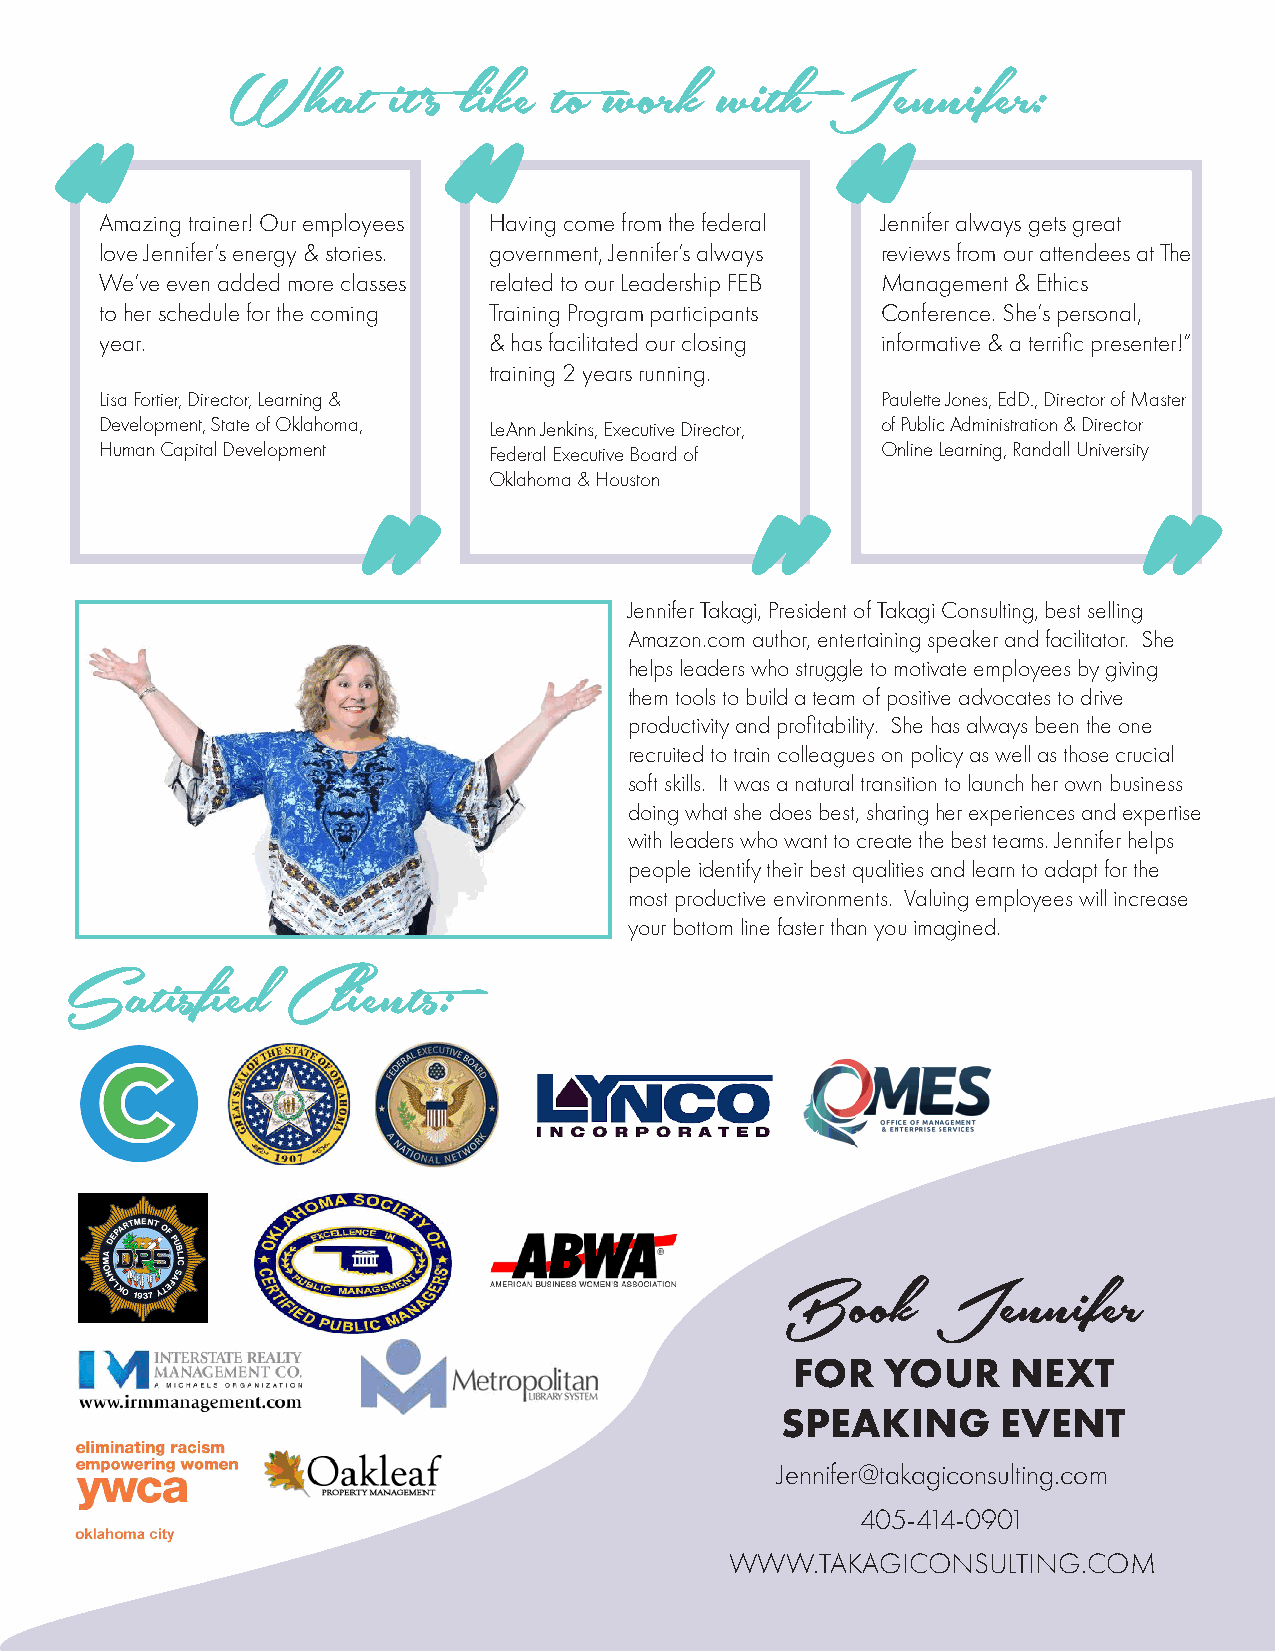
“                         “                         “
 What       it’s like  to work    with   Jennifer:
 Amazing trainer! Our employees Having come from the federal Jennifer always gets great
 love Jennifer’s energy & stories. government, Jennifer’s always reviews from our attendees at The
 We’ve even added more classes related to our Leadership FEB Management & Ethics
 to her schedule for the coming Training Program participants Conference. She’s personal,
 year.                    & has facilitated our closing informative & a terrific presenter!”
 training 2 years running.
 Lisa Fortier, Director, Learning & ”      ”        Paulette Jones, EdD., Director of M”aster
 Development, State of Oklahoma, LeAnn Jenkins, Executive Director, of Public Administration & Director
 Human Capital Development Federal Executive Board of Online Learning, Randall University
 Oklahoma & Houston
 Jennifer Takagi, President of Takagi Consulting, best selling
 Amazon.com author, entertaining speaker and facilitator. She
 helps leaders who struggle to motivate employees by giving
 them tools to build a team of positive advocates to drive
 productivity and profitability. She has always been the one
 recruited to train colleagues on policy as well as those crucial
 soft skills. It was a natural transition to launch her own business
 doing what she does best, sharing her experiences and expertise
 with leaders who want to create the best teams. Jennifer helps
 people identify their best qualities and learn to adapt for the
 most productive environments. Valuing employees will increase
 your bottom line faster than you imagined.
 Satisfied      Clients:
 Book      Jennifer
 FOR    YOUR    NEXT
 SPEAKING      EVENT
 Jennifer@takagiconsulting.com
 405-414-0901
 WWW.TAKAGICONSULTING.COM